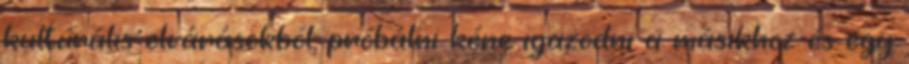
kultúrális elvárásokból, próbálni kéne igazodni a másikhoz és egy